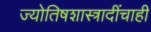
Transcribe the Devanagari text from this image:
ज्योतिषशास्त्रादींचाही